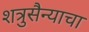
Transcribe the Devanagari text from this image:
शत्रुसैन्याचा